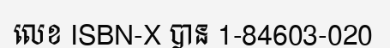
លេខ ISBN-X បាន 1-84603-020